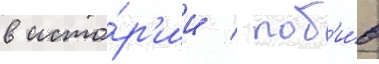
в исто́р'ии / поб'и́в